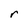
Character: r